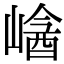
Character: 𡻡